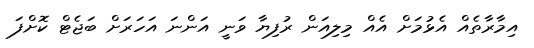
އިމާރާތެއް އެޅުމަށް އެއް މިލިއަން ރުފިޔާ ވަނީ އަންނަ އަހަރަށް ބަޖެޓް ކޮށްފަ